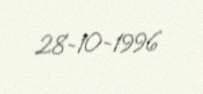
28-10-1996